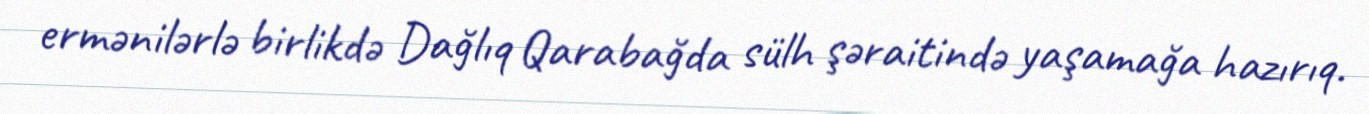
ermənilərlə birlikdə Dağlıq Qarabağda sülh şəraitində yaşamağa hazırıq.